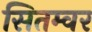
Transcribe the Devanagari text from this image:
सितम्वर